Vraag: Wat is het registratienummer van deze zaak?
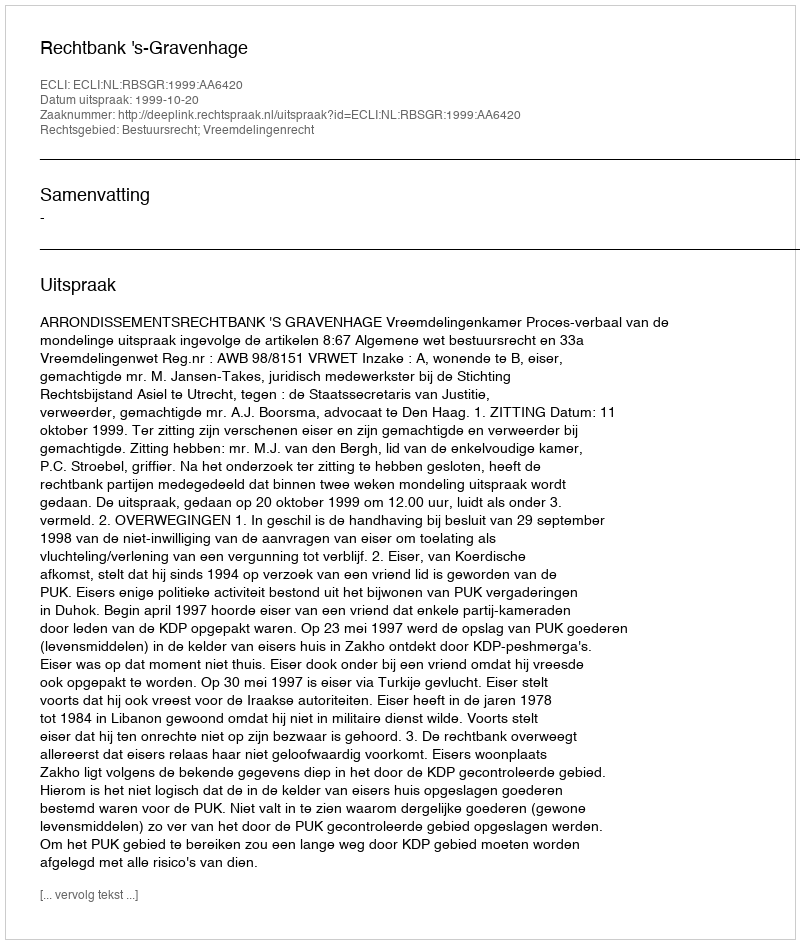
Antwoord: http://deeplink.rechtspraak.nl/uitspraak?id=ECLI:NL:RBSGR:1999:AA6420